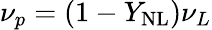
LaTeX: \nu_{p}=(1-Y_{\mathrm{{NL}}})\nu_{L}